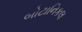
બોટાનિકલ